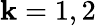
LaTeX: \mathbf{k}=1,2